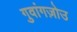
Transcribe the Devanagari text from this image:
गुवांगज़ोउ